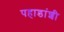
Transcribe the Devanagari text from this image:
पहाडांशी